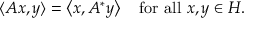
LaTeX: \langle A x , y \rangle = \left\langle x , A ^ { * } y \right\rangle \quad { \mathrm { f o r ~ a l l ~ } } x , y \in H .